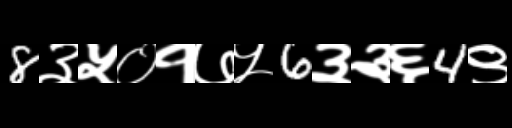
Text: 8३५०१७५6३३६4९